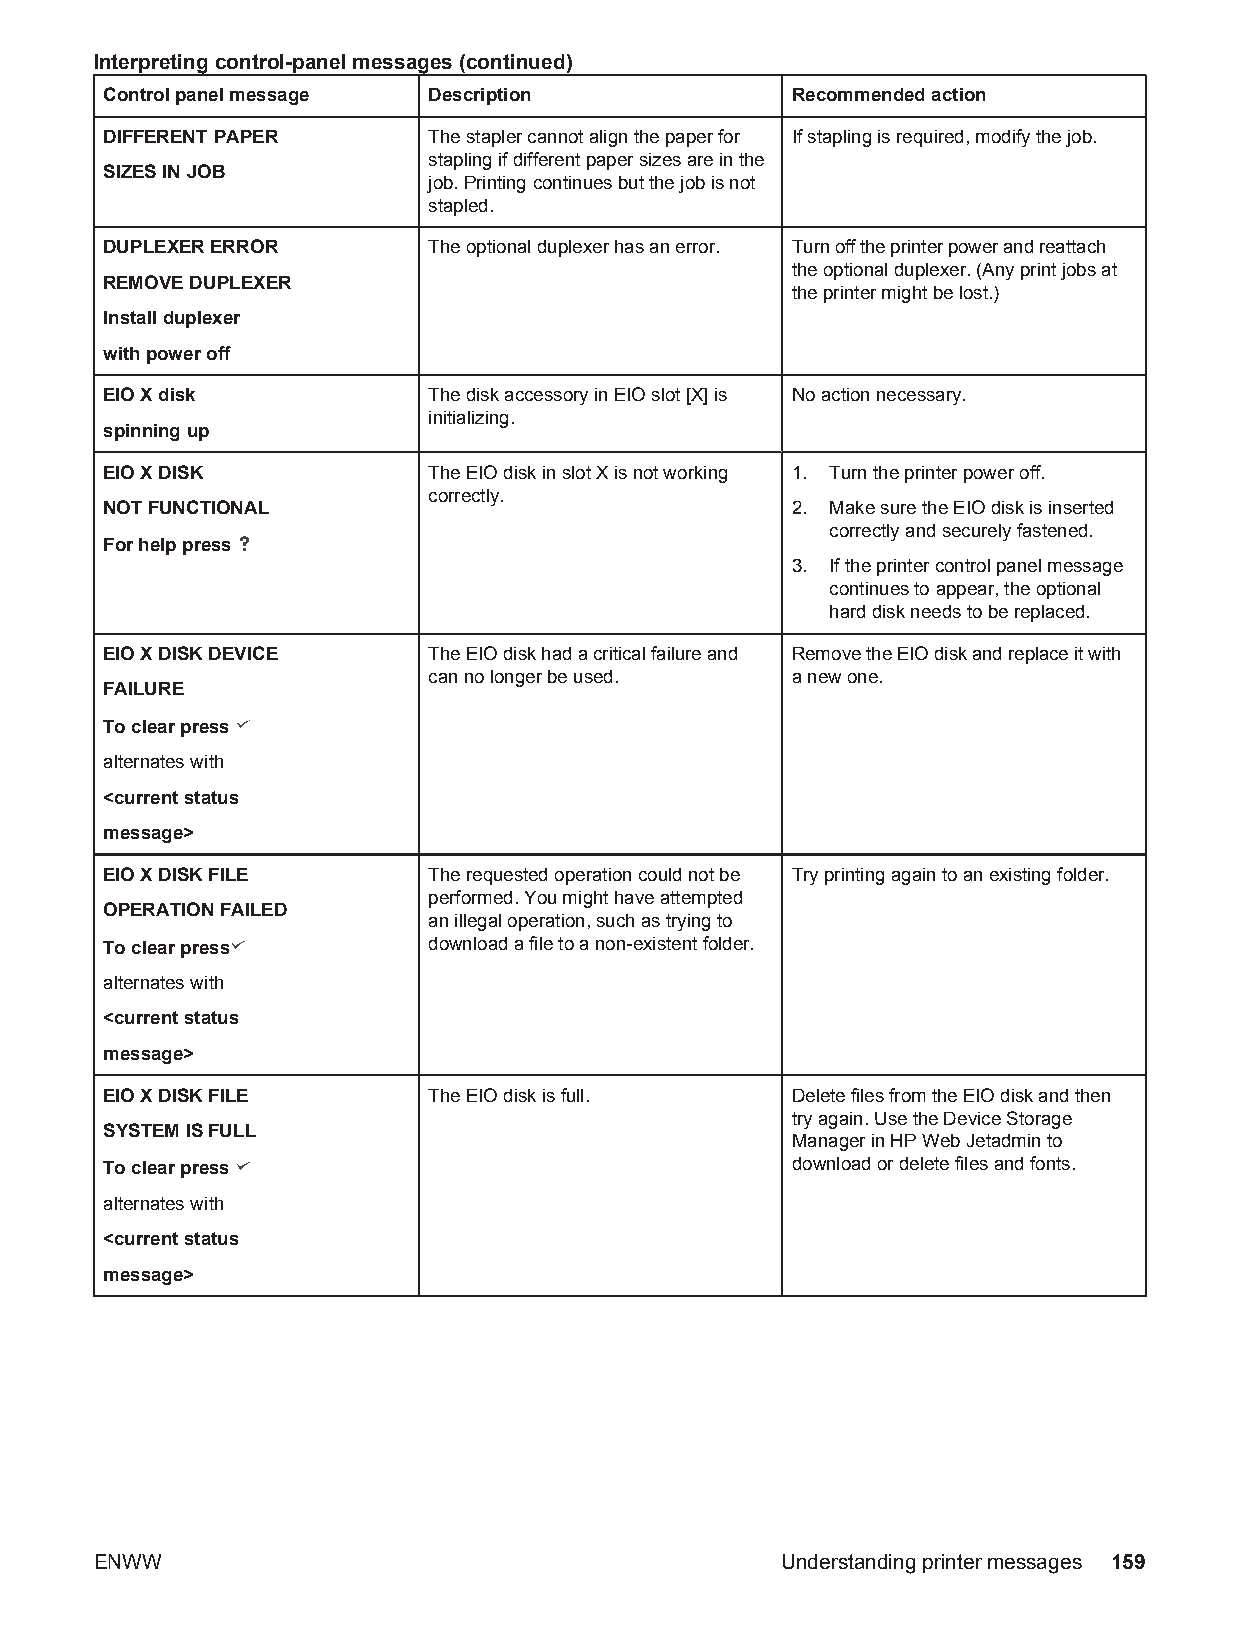
Interpreting control-panel messages (continued)
 Control panel message Description            Recommended action
 DIFFERENT PAPER      The stapler cannot align the paper for If stapling is required, modify the job.
 stapling if different paper sizes are in the
 SIZES IN JOB
 job. Printing continues but the job is not
 stapled.
 DUPLEXER ERROR       The optional duplexer has an error. Turn off the printer power and reattach
 the optional duplexer. (Any print jobs at
 REMOVE DUPLEXER
 the printer might be lost.)
 Install duplexer
 with power off
 EIO X disk           The disk accessory in EIO slot [X] is No action necessary.
 initializing.
 spinning up
 EIO X DISK           The EIO disk in slot X is not working 1. Turn the printer power off.
 correctly.
 NOT FUNCTIONAL                               2. Make sure the EIO disk is inserted
 correctly and securely fastened.
 For help press
 3. If the printer control panel message
 continues to appear, the optional
 hard disk needs to be replaced.
 EIO X DISK DEVICE    The EIO disk had a critical failure and Remove the EIO disk and replace it with
 can no longer be used.  a new one.
 FAILURE
 To clear press
 alternates with
 <current status
 message>
 EIO X DISK FILE      The requested operation could not be Try printing again to an existing folder.
 performed. You might have attempted
 OPERATION FAILED
 an illegal operation, such as trying to
 To clear press       download a file to a non-existent folder.
 alternates with
 <current status
 message>
 EIO X DISK FILE      The EIO disk is full.   Delete files from the EIO disk and then
 try again. Use the Device Storage
 SYSTEM IS FULL
 Manager in HP Web Jetadmin to
 To clear press                               download or delete files and fonts.
 alternates with
 <current status
 message>
 ENWW                                          Understanding printer messages 159